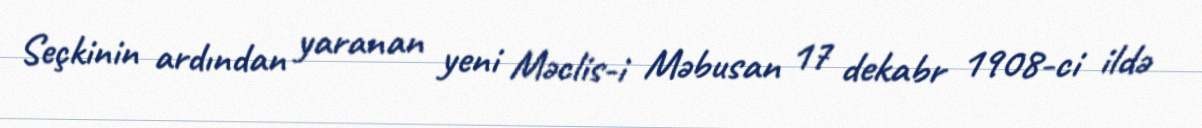
Seçkinin ardından yaranan yeni Məclis-i Məbusan 17 dekabr 1908-ci ildə